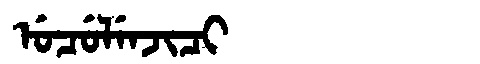
Manchu: ᡠᠴᡠᠯᡝᠨᠵᡳᠴᡳ
Romanization: UCULENJICI